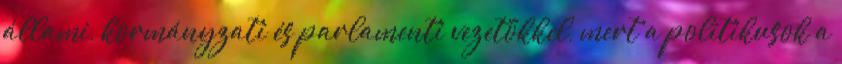
állami, kormányzati és parlamenti vezetőkkel, mert a politikusok a